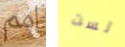
امم لست